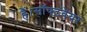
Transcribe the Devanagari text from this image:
हैं।सॉफ्टवेयर